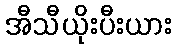
အီသီယိုးပီးယား